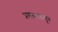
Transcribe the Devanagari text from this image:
प्रयत्‍नापासून